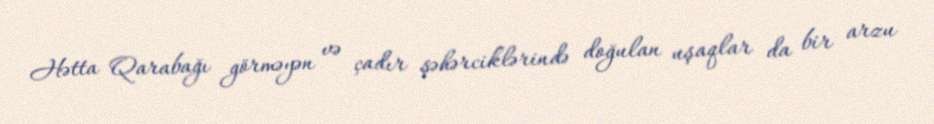
Hətta Qarabağı görməyən və çadır şəhərciklərində doğulan uşaqlar da bir arzu